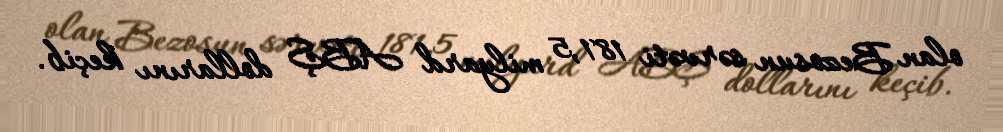
olan Bezosun sərvəti 181,5 milyard ABŞ dollarını keçib.